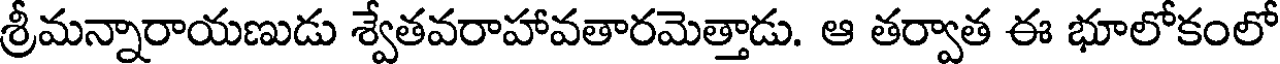
శ్రీమన్నారాయణుడు శ్వేతవరాహావతారమెత్తాడు. ఆ తర్వాత ఈ భూలోకంలో